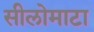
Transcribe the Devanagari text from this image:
सीलोमाटा